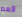
العم